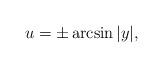
LaTeX: \begin{align*}u=\pm\arcsin|y|,\end{align*}